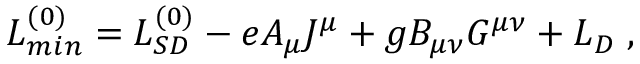
{ \cal L } _ { m i n } ^ { ( 0 ) } = { \cal L } _ { S D } ^ { ( 0 ) } - e A _ { \mu } J ^ { \mu } + g B _ { \mu \nu } G ^ { \mu \nu } + { \cal L } _ { D } \; ,